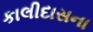
કાલીદાસના